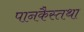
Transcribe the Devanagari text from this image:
पानकैस्तथा